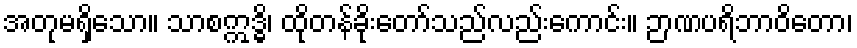
အတုမရှိသော။ သာစဣဒ္ဓိ၊ ထိုတန်ခိုးတော်သည်လည်းကောင်း။ ဉာဏပရိဘာဝိတော၊